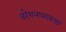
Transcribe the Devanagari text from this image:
कौशलपराकष्ठा